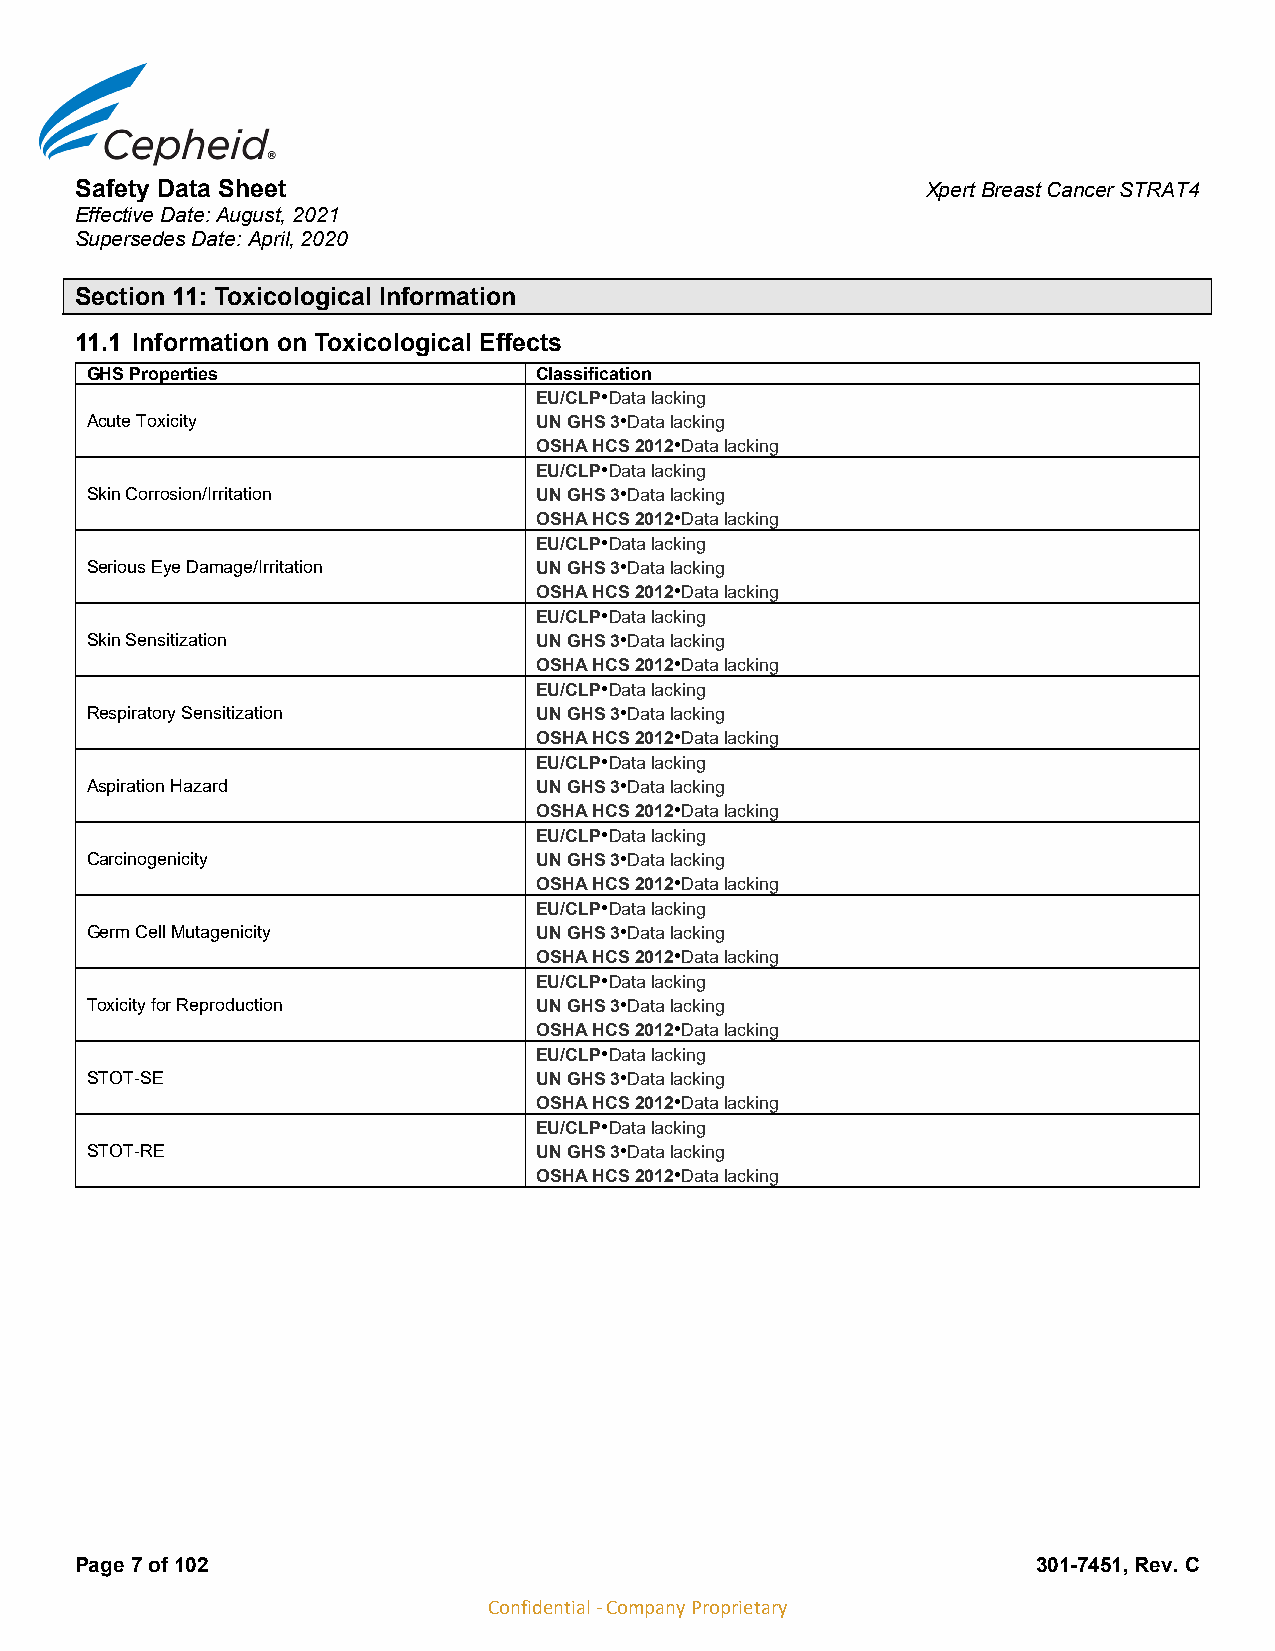
Safety Data Sheet                                       Xpert Breast Cancer STRAT4
 Effective Date: August, 2021
 Supersedes Date: April, 2020
 Section 11: Toxicological Information
 11.1 Information on Toxicological Effects
 GHS Properties                Classification
 EU/CLP•Data lacking
 Acute Toxicity                UN GHS 3•Data lacking
 OSHA HCS 2012•Data lacking
 EU/CLP•Data lacking
 Skin Corrosion/Irritation     UN GHS 3•Data lacking
 OSHA HCS 2012•Data lacking
 EU/CLP•Data lacking
 Serious Eye Damage/Irritation UN GHS 3•Data lacking
 OSHA HCS 2012•Data lacking
 EU/CLP•Data lacking
 Skin Sensitization            UN GHS 3•Data lacking
 OSHA HCS 2012•Data lacking
 EU/CLP•Data lacking
 Respiratory Sensitization     UN GHS 3•Data lacking
 OSHA HCS 2012•Data lacking
 EU/CLP•Data lacking
 Aspiration Hazard             UN GHS 3•Data lacking
 OSHA HCS 2012•Data lacking
 EU/CLP•Data lacking
 Carcinogenicity               UN GHS 3•Data lacking
 OSHA HCS 2012•Data lacking
 EU/CLP•Data lacking
 Germ Cell Mutagenicity        UN GHS 3•Data lacking
 OSHA HCS 2012•Data lacking
 EU/CLP•Data lacking
 Toxicity for Reproduction     UN GHS 3•Data lacking
 OSHA HCS 2012•Data lacking
 EU/CLP•Data lacking
 STOT-SE                       UN GHS 3•Data lacking
 OSHA HCS 2012•Data lacking
 EU/CLP•Data lacking
 STOT-RE                       UN GHS 3•Data lacking
 OSHA HCS 2012•Data lacking
 Page 7 of 102                                                   301-7451, Rev. C
 Confidential - Company Proprietary